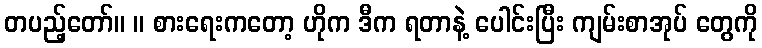
တပည့်တော်။ ။ စားရေးကတော့ ဟိုက ဒီက ရတာနဲ့ ပေါင်းပြီး ကျမ်းစာအုပ် တွေကို